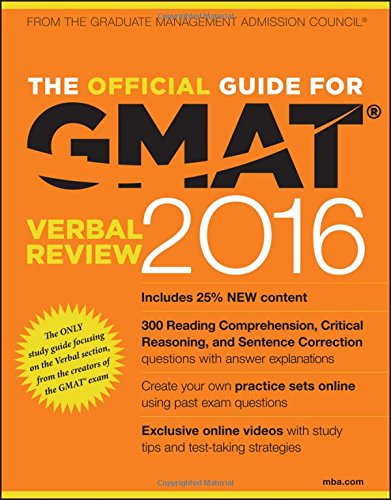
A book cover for The Official Guide for GMAT Verbal Review 2016 with Online Question Bank and Exclusive Video; GMAC (Graduate Management Admission Council); Test Preparation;